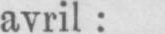
avril: